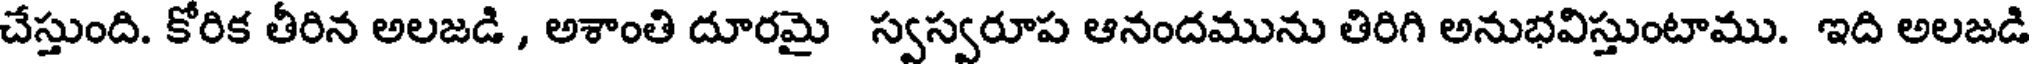
చేస్తుంది. కోరిక తీరిన అలజడి , అశాంతి దూరమై స్వస్వరూప ఆనందమును తిరిగి అనుభవిస్తుంటాము. ఇది అలజడి